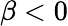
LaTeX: \beta<0